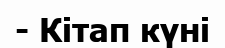
- Кітап күні